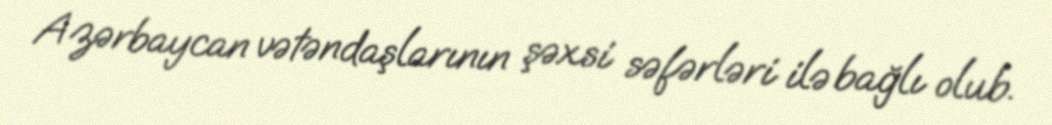
Azərbaycan vətəndaşlarının şəxsi səfərləri ilə bağlı olub.